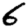
Digit: 6